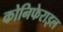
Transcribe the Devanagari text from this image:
कोनिफेराइल